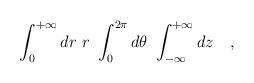
LaTeX: \begin{align*}\int_0^{+\infty}dr\ r\ \int_0^{2\pi}d\theta\ \int_{-\infty}^{+\infty}dz\ \ \ ,\end{align*}